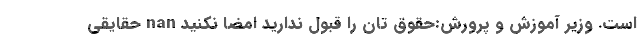
است. وزیر آموزش و پرورش:حقوق تان را قبول ندارید امضا نکنید nan حقایقی